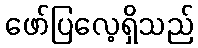
ဖော်ပြလေ့ရှိသည်